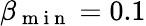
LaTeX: \beta_{\mathrm{~m~i~n~}}=0.1